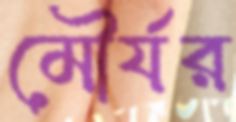
মৌর্যর